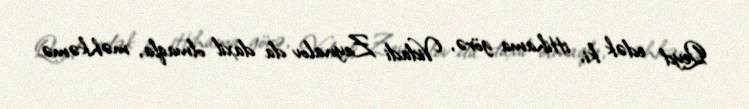
Qeyd edək ki, ittihama görə, Vidadi Zeynalov da daxil olmaqla, məhkəmə